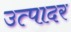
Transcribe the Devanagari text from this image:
उत्पादर